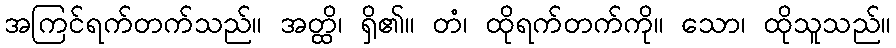
အကြင်ရက်တက်သည်။ အတ္ထိ၊ ရှိ၏။ တံ၊ ထိုရက်တက်ကို။ သော၊ ထိုသူသည်။